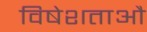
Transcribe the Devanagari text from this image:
विषेशताऔ